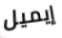
إيميل